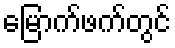
မြောက်ဖက်တွင်